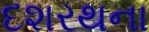
દશરથના